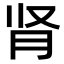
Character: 肾